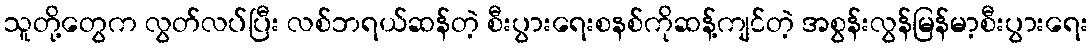
သူတို့တွေက လွတ်လပ်ပြီး လစ်ဘရယ်ဆန်တဲ့ စီးပွားရေးစနစ်ကိုဆန့်ကျင်တဲ့ အစွန်းလွန်မြန်မာ့စီးပွားရေး